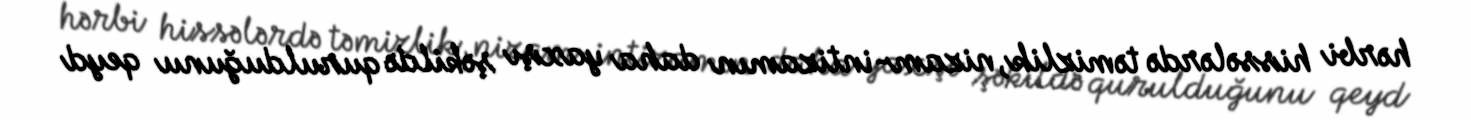
hərbi hissələrdə təmizlik, nizam-intizamın daha yaxşı şəkildə qurulduğunu qeyd